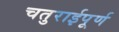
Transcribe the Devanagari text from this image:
चतुराईपूर्ण